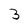
Character: 3